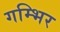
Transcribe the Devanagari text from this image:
गम्भिर